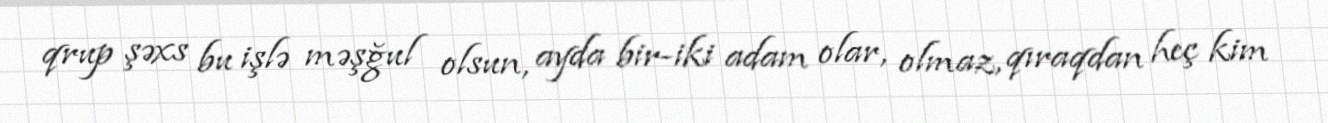
qrup şəxs bu işlə məşğul olsun, ayda bir-iki adam olar, olmaz, qıraqdan heç kim